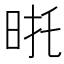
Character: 𭥮